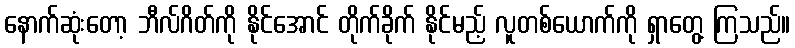
နောက်ဆုံးတော့ ဘီလ်ဂိတ်ကို နိုင်အောင် တိုက်ခိုက် နိုင်မည့် လူတစ်ယောက်ကို ရှာတွေ့ ကြသည်။